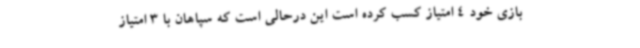
بازی خود 4 امتیاز کسب کرده است این درحالی است که سپاهان با 3 امتیاز